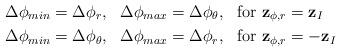
LaTeX: \begin{align*}\Delta \phi_{min} &= \Delta \phi_r, ~~\Delta \phi_{max} = \Delta \phi_{\theta},~~\mathrm{for}~\mathbf{z}_{\phi,r} = \mathbf{z}_I \\\Delta \phi_{min} &= \Delta \phi_{\theta}, ~~\Delta \phi_{max} = \Delta \phi_r,~~\mathrm{for}~\mathbf{z}_{\phi,r} = -\mathbf{z}_I \end{align*}